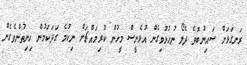
ރަނގަޅަށް ސައިނުބޮވެ ދެލޯ ނުހުޅުވިގެން އުޅެނީސް މީހުން ކުރިމައްޗަށް ނިކުމެ ގަދަކަމުން ހިނިތުންވެގެން